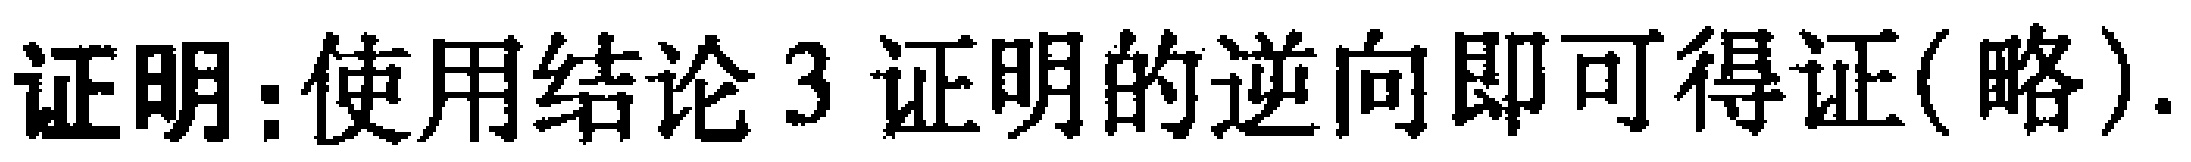
证明：使用结论3 证明的逆向即可得证(略).